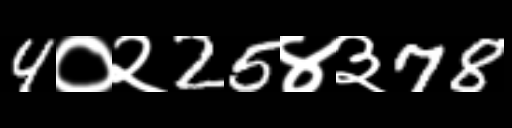
Text: 4०२25४३78